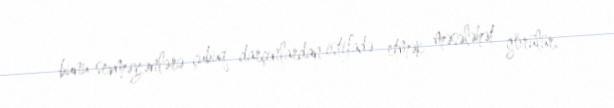
bunu sevməyənlərə çubuq darçınlardan istifadə etmək məsələhət görülür.